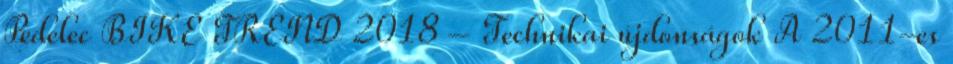
Pedelec BIKE TREND 2018 – Technikai újdonságok A 2011-es